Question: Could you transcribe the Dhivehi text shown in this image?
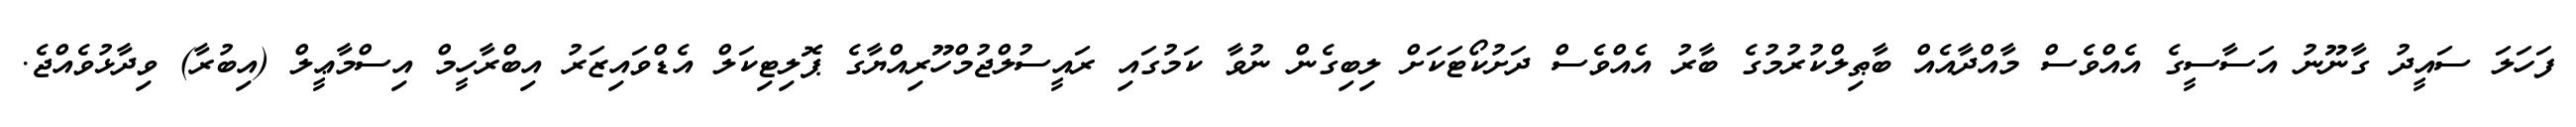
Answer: ފަހަލަ ސައީދު ގާނޫނު އަސާސީގެ އެއްވެސް މާއްދާއެއް ބާޠިލްކުރުމުގެ ބާރު އެއްވެސް ދަށުކޯޓަކަށް ލިބިގެން ނުވާ ކަމުގައި ރައީސުލްޖުމްހޫރިއްޔާގެ ޕޮލިޓިކަލް އެޑްވައިޒަރު އިބްރާހީމް އިސްމާޢީލް (އިބުރާ) ވިދާޅުވެއްޖެ.